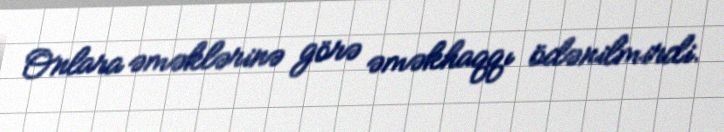
Onlara əməklərinə görə əməkhaqqı ödənilmirdi.